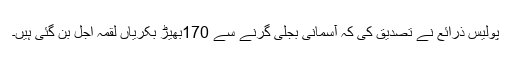
پولیس ذرائع نے تصدیق کی کہ آسمانی بجلی گرنے سے 170بھیڑ بکریاں لقمہ اجل بن گئی ہیں۔